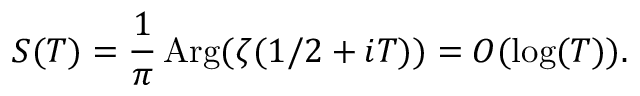
S ( T ) = { \frac { 1 } { \pi } } \mathop { \mathrm { A r g } } ( \zeta ( 1 / 2 + i T ) ) = O ( \log ( T ) ) .